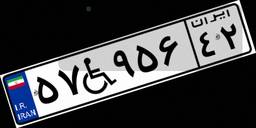
۲۸W۳۷۱۶۰